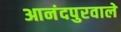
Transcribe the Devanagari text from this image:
आनंदपुरवाले